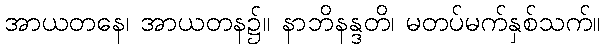
အာယတနေ၊ အာယတန၌။ နာဘိနန္ဒတိ၊ မတပ်မက်နှစ်သက်။